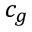
c _ { g }